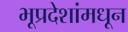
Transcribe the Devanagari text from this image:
भूप्रदेशांमधून